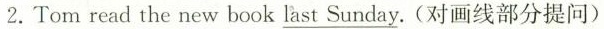
2.Tom read the new book \underline{last Sunday} .(对画线部分提问)